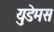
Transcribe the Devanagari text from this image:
युडेमस